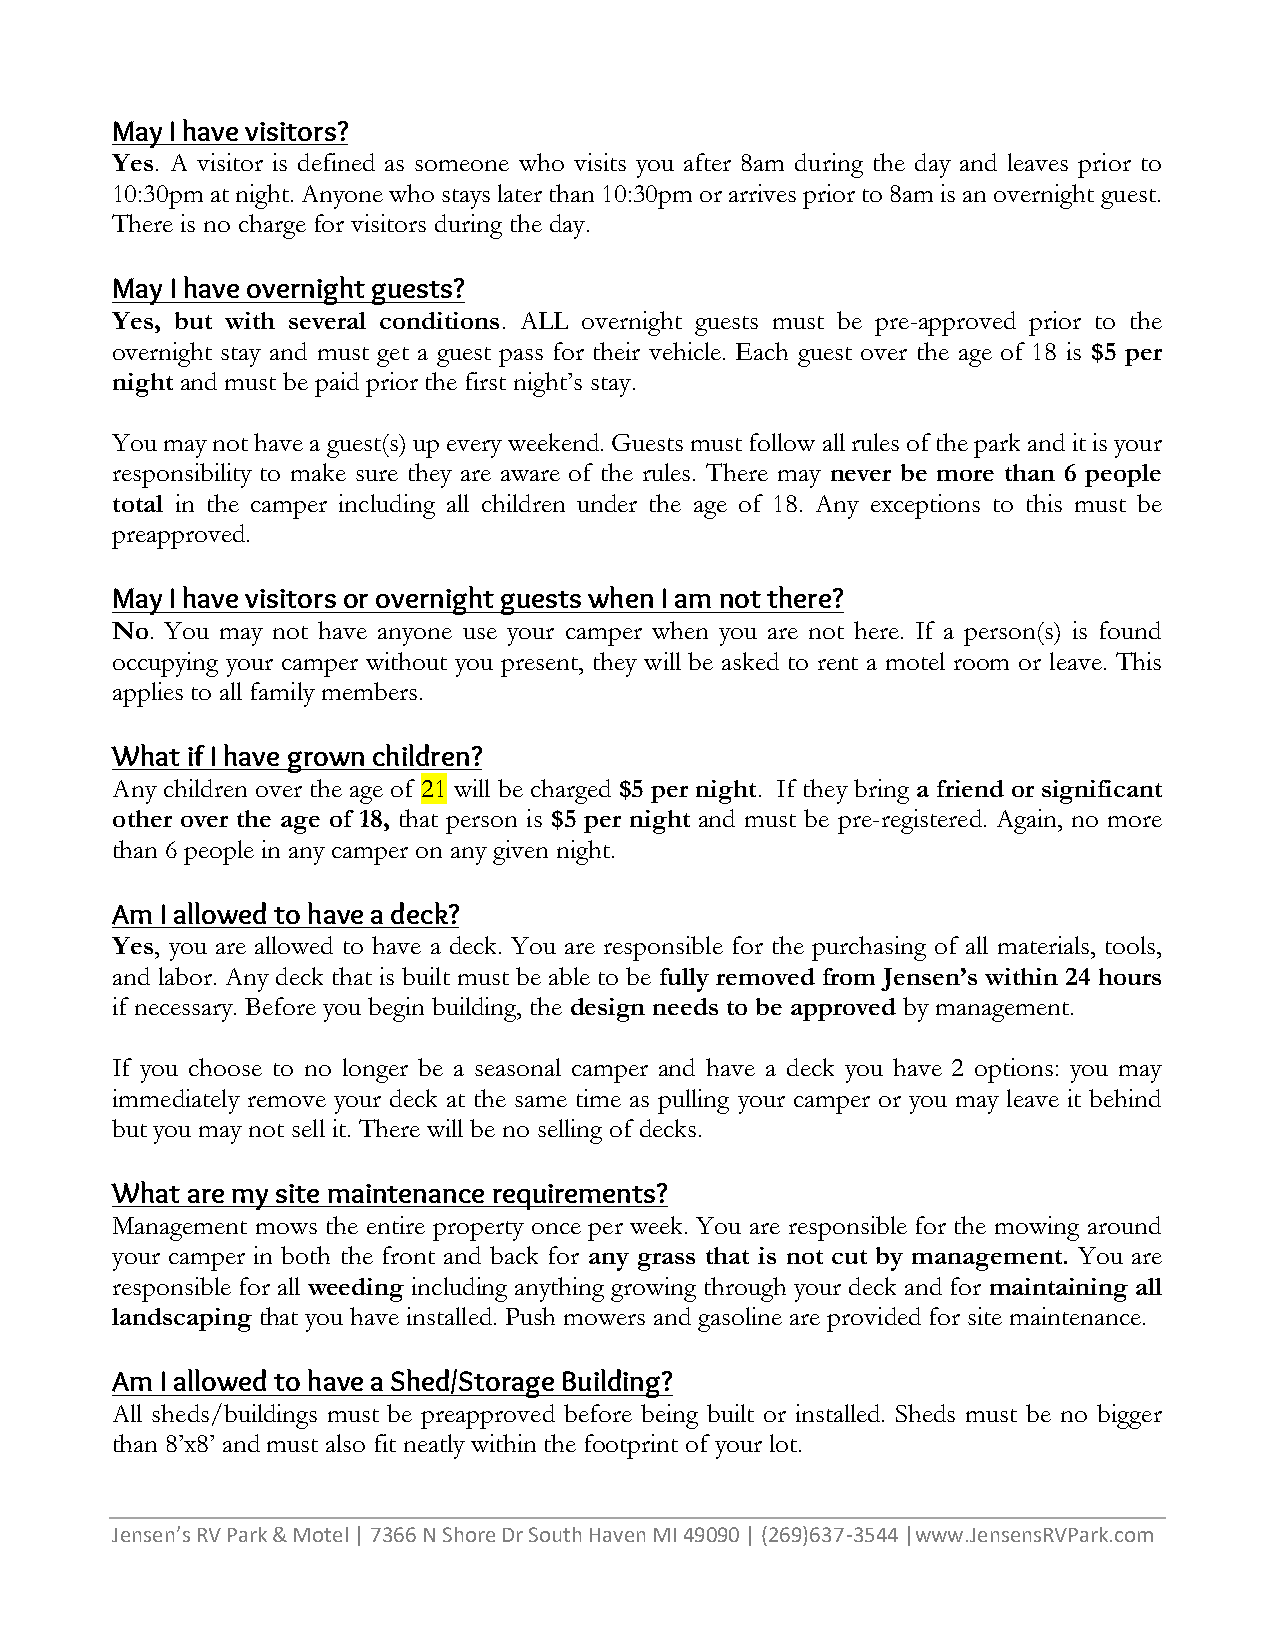
May I have visitors?
 Yes. A visitor is defined as someone who visits you after 8am during the day and leaves prior to
 10:30pm at night. Anyone who stays later than 10:30pm or arrives prior to 8am is an overnight guest.
 There is no charge for visitors during the day.
 May I have overnight guests?
 Yes, but with several conditions. ALL overnight guests must be pre-approved prior to the
 overnight stay and must get a guest pass for their vehicle. Each guest over the age of 18 is $5 per
 night and must be paid prior the first night’s stay.
 You may not have a guest(s) up every weekend. Guests must follow all rules of the park and it is your
 responsibility to make sure they are aware of the rules. There may never be more than 6 people
 total in the camper including all children under the age of 18. Any exceptions to this must be
 preapproved.
 May I have visitors or overnight guests when I am not there?
 No. You may not have anyone use your camper when you are not here. If a person(s) is found
 occupying your camper without you present, they will be asked to rent a motel room or leave. This
 applies to all family members.
 What if I have grown children?
 Any children over the age of 21 will be charged $5 per night. If they bring a friend or significant
 other over the age of 18, that person is $5 per night and must be pre-registered. Again, no more
 than 6 people in any camper on any given night.
 Am  I allowed to have a deck?
 Yes, you are allowed to have a deck. You are responsible for the purchasing of all materials, tools,
 and labor. Any deck that is built must be able to be fully removed from Jensen’s within 24 hours
 if necessary. Before you begin building, the design needs to be approved by management.
 If you choose to no longer be a seasonal camper and have a deck you have 2 options: you may
 immediately remove your deck at the same time as pulling your camper or you may leave it behind
 but you may not sell it. There will be no selling of decks.
 What are my site maintenance requirements?
 Management mows the entire property once per week. You are responsible for the mowing around
 your camper in both the front and back for any grass that is not cut by management. You are
 responsible for all weeding including anything growing through your deck and for maintaining all
 landscaping that you have installed. Push mowers and gasoline are provided for site maintenance.
 Am  I allowed to have a Shed/Storage Building?
 All sheds/buildings must be preapproved before being built or installed. Sheds must be no bigger
 than 8’x8’ and must also fit neatly within the footprint of your lot.
 Jensen’s RV Park & Motel | 7366 N Shore Dr South Haven MI 49090 | (269)637-3544 |www.JensensRVPark.com